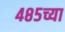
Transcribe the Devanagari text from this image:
४८५च्या